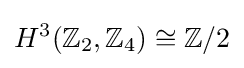
H^{3}(\mathbb {Z} _{2},\mathbb {Z} _{4})\cong \mathbb {Z} /2